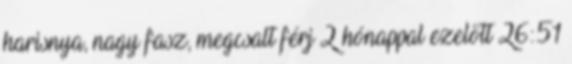
harisnya, nagy fasz, megcsalt férj 2 hónappal ezelőtt 26:51